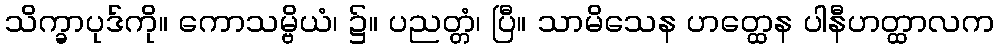
သိက္ခာပုဒ်ကို။ ကောသမ္ဗိယံ၊ ၌။ ပညတ္တံ၊ ပြီ။ သာမိသေန ဟတ္ထေန ပါနီဟတ္ထာလက